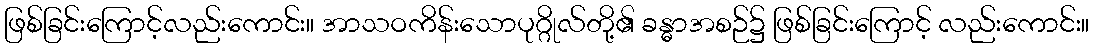
ဖြစ်ခြင်းကြောင့်လည်းကောင်း။ အာသဝကိန်းသောပုဂ္ဂိုလ်တို့၏ ခန္ဓာအစဉ်၌ ဖြစ်ခြင်းကြောင့် လည်းကောင်း။